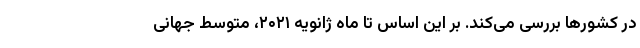
در کشورها بررسی می‌کند. بر این اساس تا ماه ژانویه ۲۰۲۱، متوسط جهانی